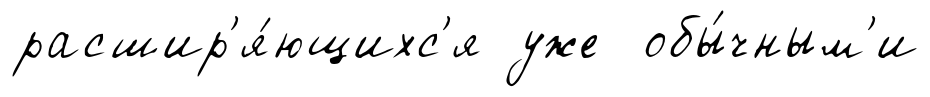
расшир'я́ющихс'я уже обы́чным'и